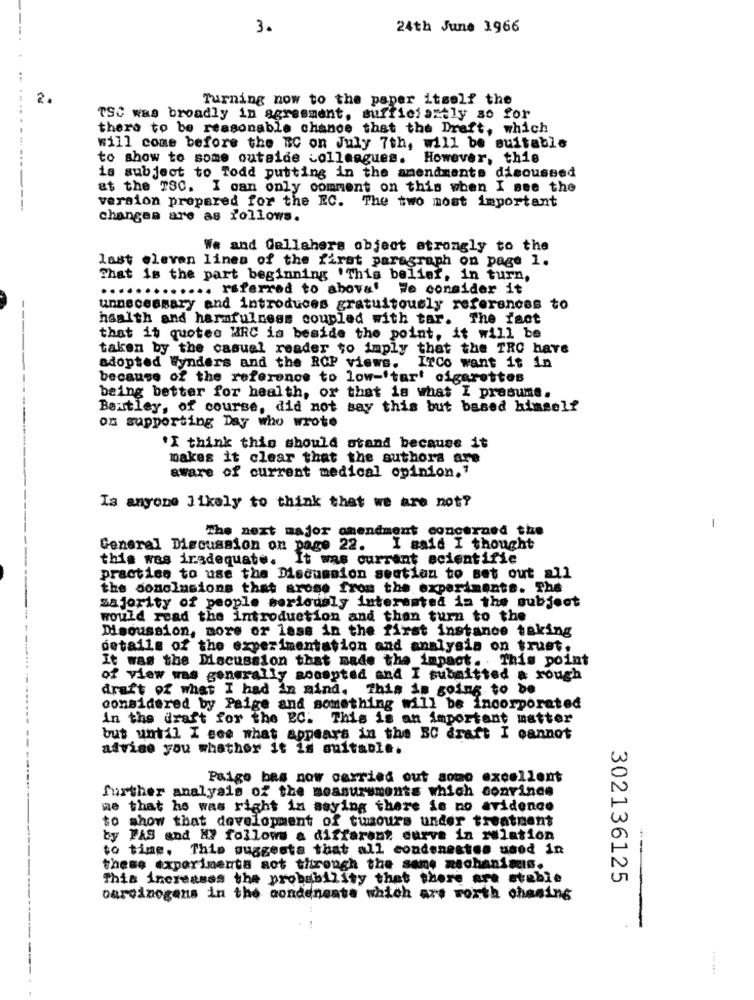
3.
24th June 1966
2.
Turning now to the paper itself the
TSC was broadly in agreement, sufficfartly so for
thero to be reasonable chance that the Draft, which
will come before the BC on July 7th, will be suitable
to show to some outside colleagues. However, this
is subject to Todd putting in the amendments discussed
at the TSC. I can only comment on this when I see the
version prepared for the EC. The two most important
changes are as follows.
We and Gellahers object strongly to the
last eleven lines of the first paragraph on page 1.
That is the part beginning 'This belief, in turn,
............. referred to above' We consider it
unnecessary and introduces gratuitously references to
haalth and harmfulness coupled with tar. The fact
that it quotes MRC is beside the point, it will be
taken by the casual reader to imply that the TRC have
adopted Wynders and the RCP views.
Irco want it in
because of the reference to low-'tart cigarettes
being better for health, or that is what I presume.
Bentley, of course, did not say this but based himself
on supporting Day who wrote
---------
"I think this should stand because it
makes it clear that the authors are
aware of current medical opinion."
Is anyone Jikaly to think that we are not?
The next major amendment concerned the
-
General Discussion on page 22. I said I thought
this was inadequate.
It was current scientific
practice to use the Discussion section to set out all
the conclusions that arose from the experiments. The
majority of people seriously interested in the subject
would read the introduction and then turn to the
Discussion, more or less in the first instance taking
details of the experimentation and analysis on trust.
It was the Discussion that made the impact. This point
of view was generally sooopted and I submitted a rough
draft of what I had in mind. This is going to be
considered by Paige and something will be incorporated
in the draft for the EC. This is an important matter
but until I see what appears in the BC draft I cannot
advise you whether it is suitable.
Paige bes now carried out somo excellent
further analysis of the measurements which convince
me that he was right in saying there is no evidence
to show that development of tumours under treatment
by PAS and H7 follows a different. curve in relation
to time, This suggests that all condsnestes used in
these experiments not through the same mechanimus.
This increases the probability that there are stable
302136125
oareinogens in the condensate which are worth chasing
... ...